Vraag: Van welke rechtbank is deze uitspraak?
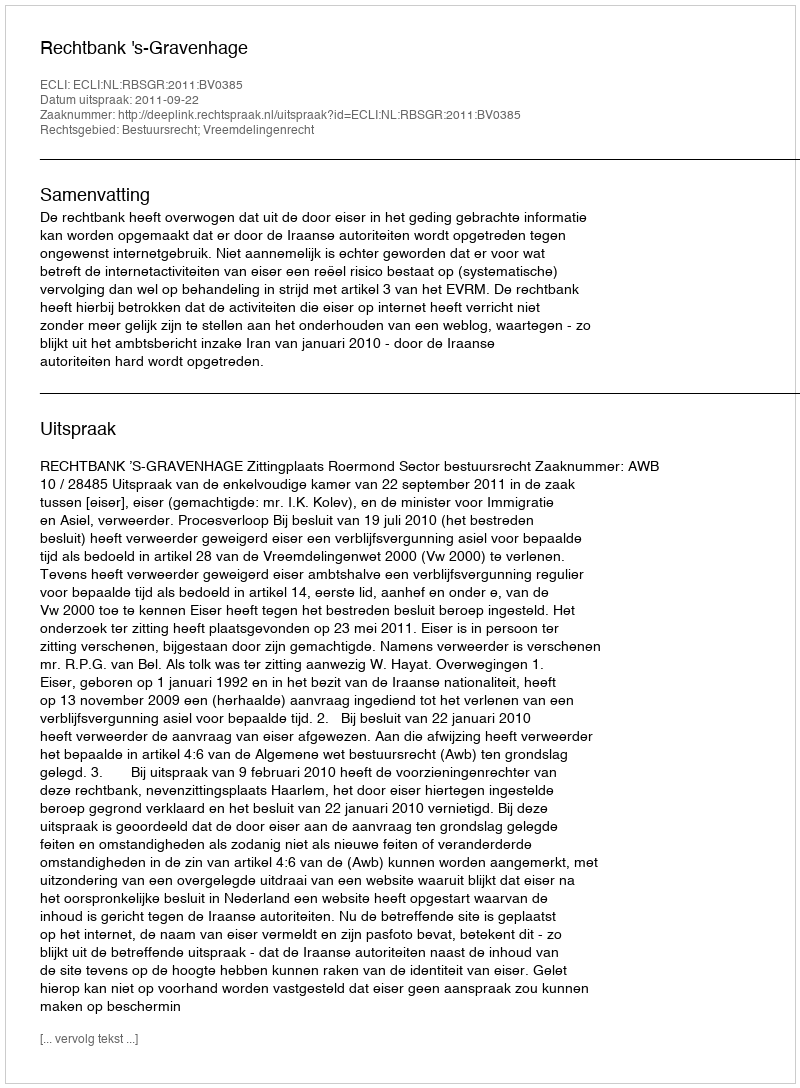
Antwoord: Rechtbank 's-Gravenhage